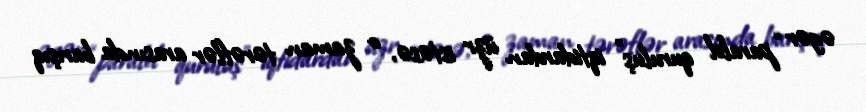
əgər “paralel quruluş” iqtidardan üzr istəsə, o zaman tərəflər arasında barışıq